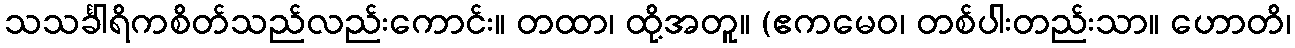
သသင်္ခါရိကစိတ်သည်လည်းကောင်း။ တထာ၊ ထို့အတူ။ (ဧကမေဝ၊ တစ်ပါးတည်းသာ။ ဟောတိ၊